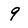
Character: 9